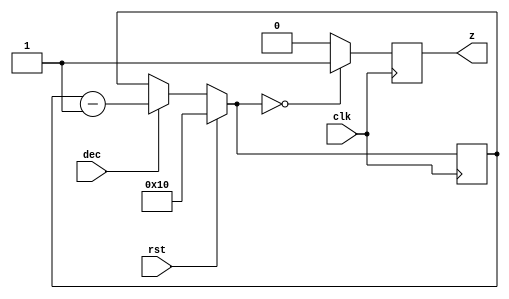
// Disminuye en 1 unidad cada vez que dec es 1 empezando desde 16.
module counter_div (clk, rst, dec, z);
	input clk;
	input rst;
	input dec; // Decrementar.
	output reg z;

	reg [4:0] cont = 16;

	always @(negedge clk) begin
		if (rst) 
			cont = 5'b10000; //16
		else begin
			if (dec)
				cont = cont - 1;
			else
				cont = cont;
		end
		z = (cont == 0) ? 1 : 0 ;
	end
endmodule